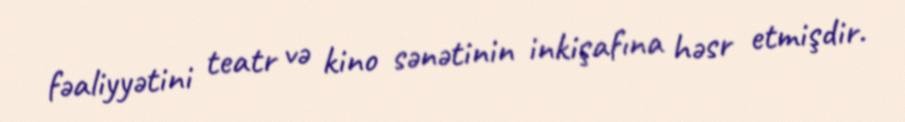
fəaliyyətini teatr və kino sənətinin inkişafına həsr etmişdir.